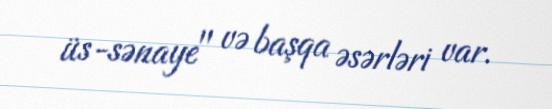
üs-sənaye" və başqa əsərləri var.